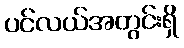
ပင်လယ်အတွင်းရှိ